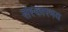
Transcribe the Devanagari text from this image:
संस्कारमय